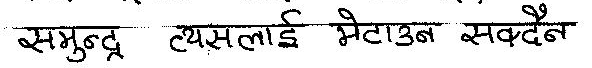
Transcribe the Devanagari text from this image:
समुन्द्र त्यसलाई मेटाउन सक्दैन